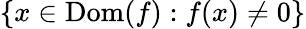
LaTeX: \{ x\in\operatorname{Dom}(f):f(x)\neq 0\}